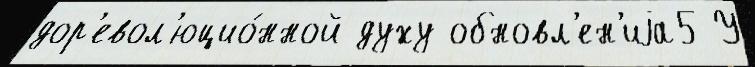
дор'евол'юцио́нной духу обновл'ен'иjа5 У